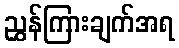
ညွှန်ကြားချက်အရ